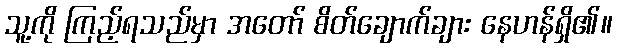
သူ့ကို ကြည့်ရသည်မှာ အတော် စိတ်ချောက်ချား နေဟန်ရှိ၏။